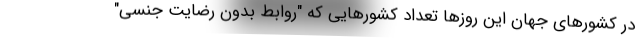
در کشورهای جهان این روزها تعداد کشورهایی که "روابط بدون رضایت جنسی"